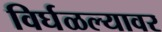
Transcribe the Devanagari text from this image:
विर्घळल्यावर